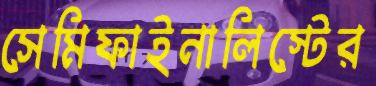
সেমিফাইনালিস্টের